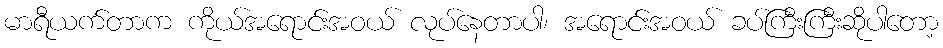
မာရီယက်တာက ကိုယ်အရောင်းအဝယ် လုပ်နေတာပါ၊ အရောင်းအဝယ် ခပ်ကြီးကြီးဆိုပါတော့